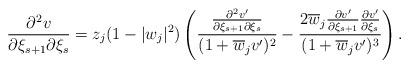
LaTeX: \begin{align*}\frac{\partial^2v}{\partial\xi_{s+1}\partial\xi_s}=z_j(1-|w_j|^2)\left(\frac{\frac{\partial^2v^\prime}{\partial\xi_{s+1}\partial\xi_s}}{(1+\overline{w}_jv^\prime)^2}-\frac{2\overline{w}_j\frac{\partial v^\prime}{\partial\xi_{s+1}}\frac{\partial v^\prime}{\partial\xi_{s}}}{(1+\overline{w}_jv^\prime)^3}\right).\end{align*}